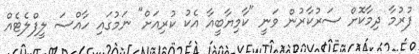
ފުރުމާ ދިމާކޮށް ސަރުކާރުން ވަނީ "ކާމިޔާބީއާ އެކު ކުރިއަށް" ނަމުގައި ހާއްސަ ލީފްލެޓެއް